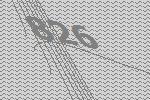
826